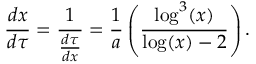
\frac { d x } { d \tau } = \frac { 1 } { \frac { d \tau } { d x } } = \frac { 1 } { a } \left( \frac { \log ^ { 3 } ( x ) } { \log ( x ) - 2 } \right) .